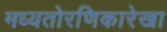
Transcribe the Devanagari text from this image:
मध्यतोरणिकारेखा